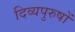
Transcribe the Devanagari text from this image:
दिव्यपुरुषों